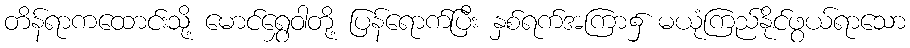
တိန်ရာကထောင်းသို့ မောင်ရွှေဝါတို့ ပြန်ရောက်ပြီး နှစ်ရက်အကြာ၌ မယုံကြည်နိုင်ဖွယ်ရာသော